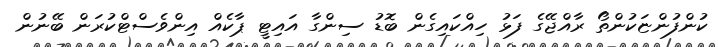
ކުންފުންޏަކުންތޯ ރާއްޖޭގެ ފަޅު ހިއްކައިގެން ބޮޑު ސިންގާ އައިޓީ ޕާކެއް އިންވެސްޓްކުރަން ބޭނުން